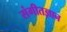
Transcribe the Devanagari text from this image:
संगीतज्ञान